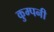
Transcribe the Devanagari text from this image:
कुम्पनी